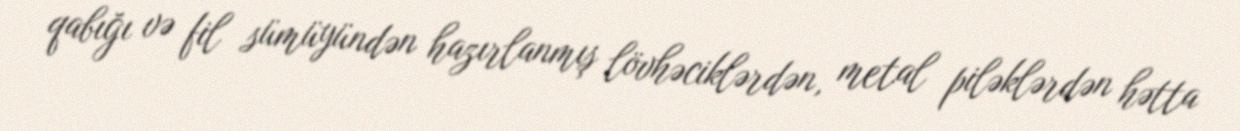
qabığı və fil sümüyündən hazırlanmış lövhəciklərdən, metal piləklərdən hətta